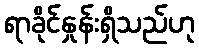
ရာခိုင်နှုန်းရှိသည်ဟု